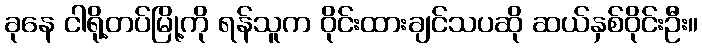
ခုနေ ငါရို့တပ်မြို့ကို ရန်သူက ဝိုင်းထားချင်သပဆို ဆယ်နှစ်ဝိုင်းဦး။